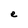
Character: e